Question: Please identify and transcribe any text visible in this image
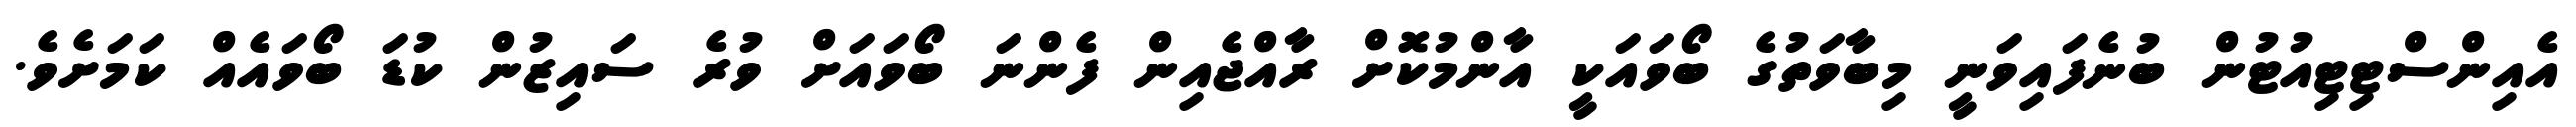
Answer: އެއިންސްޓިޓިއުޓުން ބުނެފައިވަނީ މިބާވަތުގެ ބޯވައަކީ އާންމުކޮށް ރާއްޖެއިން ފެންނަ ބޯވައަށް ވުރެ ސައިޒުން ކުޑަ ބޯވައެއް ކަމަށެވެ.